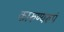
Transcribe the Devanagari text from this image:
कारुण्यरूपं